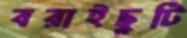
বরাইছুটি